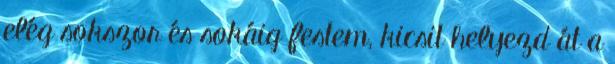
elég sokszor és sokáig festem, kicsit helyezd át a